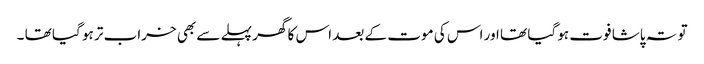
تو تہ پاشا فوت ہو گیا تھا اور اس کی موت کے بعد اس کا گھر پہلے سے بھی خراب تر ہو گیا تھا ۔